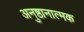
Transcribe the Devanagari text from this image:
अनुष्ठानात्मक